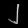
Digit: ၂